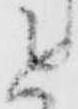
進